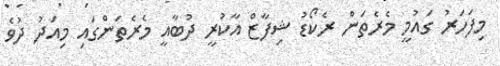
މިފަހަރު ގައުމީ މެރެތަން ރެކޯޑު ޝިފާޒް އާކުރީ ދުބާއީ މެރެތަންގައި މިއަދު ދުވެ